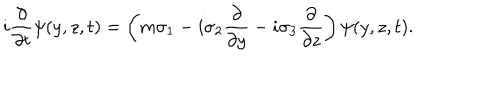
LaTeX: i \frac { \partial } { \partial t } \psi ( y , z , t ) = \left( m \sigma _ { 1 } - i \sigma _ { 2 } \frac { \partial } { \partial y } - i \sigma _ { 3 } \frac { \partial } { \partial z } \right) \psi ( y , z , t ) .